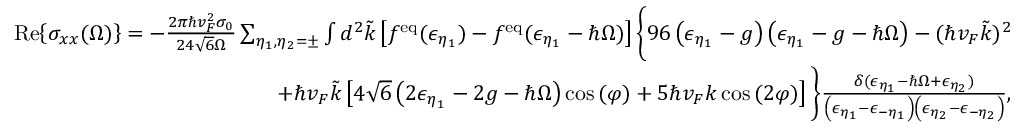
\begin{array} { r l r } & { } & { \mathrm { R e } { \left\{ \sigma _ { x x } ( \Omega ) \right\} } = - \frac { 2 \pi \hbar v _ { F } ^ { 2 } \sigma _ { 0 } } { 2 4 \sqrt { 6 } \Omega } \sum _ { \eta _ { 1 } , \eta _ { 2 } = \pm } \int d ^ { 2 } \tilde { k } \left[ f ^ { \mathrm { e q } } ( \epsilon _ { \eta _ { 1 } } ) - f ^ { \mathrm { e q } } ( \epsilon _ { \eta _ { 1 } } - \hbar \Omega ) \right] \Bigg \{ 9 6 \left( \epsilon _ { \eta _ { 1 } } - g \right) \left( \epsilon _ { \eta _ { 1 } } - g - \hbar \Omega \right) - ( \hbar v _ { F } \tilde { k } ) ^ { 2 } } \\ & { } & { + \hbar v _ { F } \tilde { k } \left[ 4 \sqrt { 6 } \left( 2 \epsilon _ { \eta _ { 1 } } - 2 g - \hbar \Omega \right) \cos { ( \varphi ) } + 5 \hbar v _ { F } k \cos { ( 2 \varphi ) } \right] \Bigg \} \frac { \delta ( \epsilon _ { \eta _ { 1 } } - \hbar \Omega + \epsilon _ { \eta _ { 2 } } ) } { \left( \epsilon _ { \eta _ { 1 } } - \epsilon _ { - \eta _ { 1 } } \right) \left( \epsilon _ { \eta _ { 2 } } - \epsilon _ { - \eta _ { 2 } } \right) } , } \end{array}